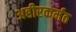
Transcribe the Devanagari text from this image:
अहीरकर्मठ